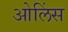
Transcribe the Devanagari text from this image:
ओलिंस